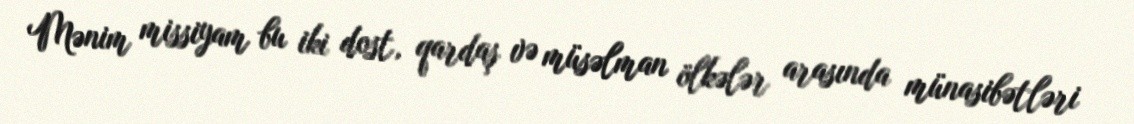
Mənim missiyam bu iki dost, qardaş və müsəlman ölkələr arasında münasibətləri